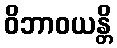
ဝိဘာဝယန္တိ